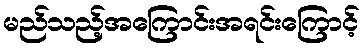
မည်သည့်အကြောင်းအရင်းကြောင့်